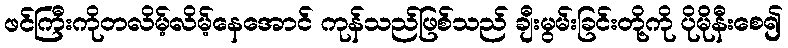
ဖင်ကြီးကိုတလိမ့်လိမ့်နေအောင် ကုန်သည်ဖြစ်သည် ချီးမွမ်းခြင်းတို့ကို ပိုမိုနီးစေ၍